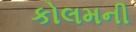
કોલમની